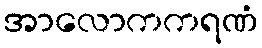
အာလောကကရဏံ